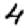
Digit: 4